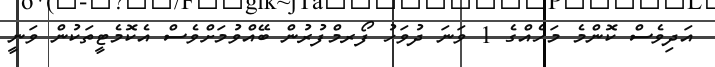
އަދިވެސް ކޮންމެ މަހެއްގެ 1 ވަނަ ދުވަހު ފޯރމްފުރުން ބޭއްވުމަށްވެސް އެކޮމެޓީތަކުން ވަނީ